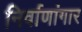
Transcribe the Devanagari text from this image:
निर्वाणांगार